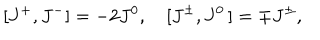
LaTeX: [ J ^ { + } , J ^ { - } ] = - 2 J ^ { 0 } , \quad [ J ^ { \pm } , J ^ { 0 } \, ] = \mp J ^ { \pm } ,